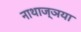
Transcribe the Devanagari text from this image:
नाथाज्ञया